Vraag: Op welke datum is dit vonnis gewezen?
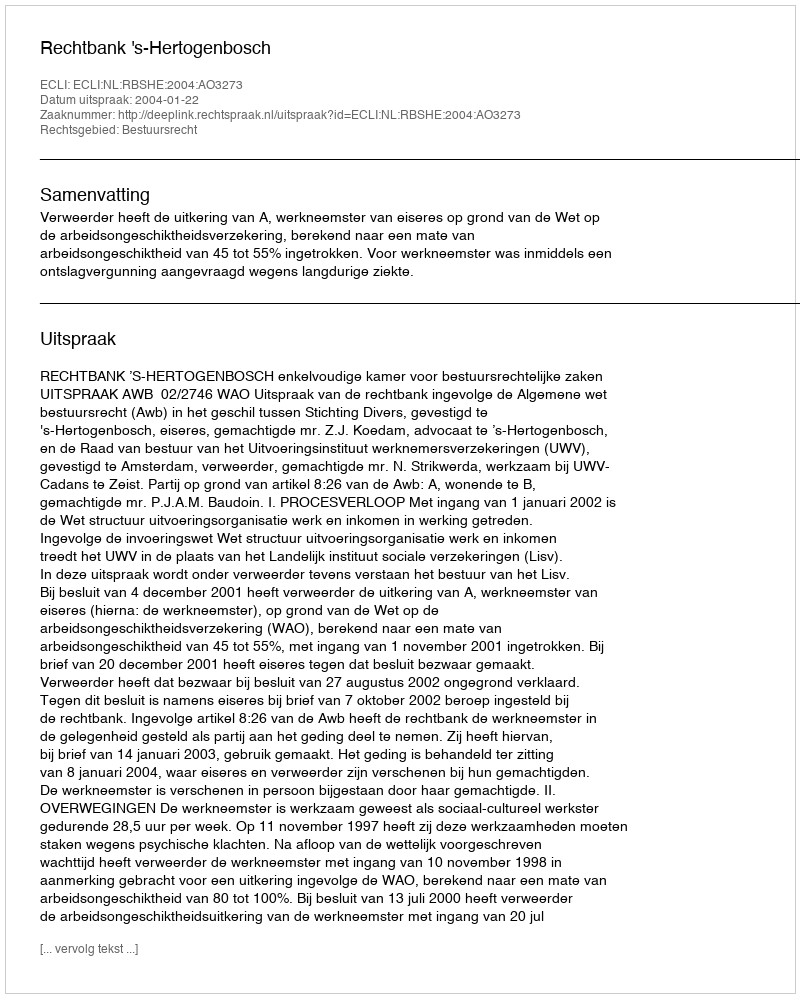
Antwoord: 2004-01-22